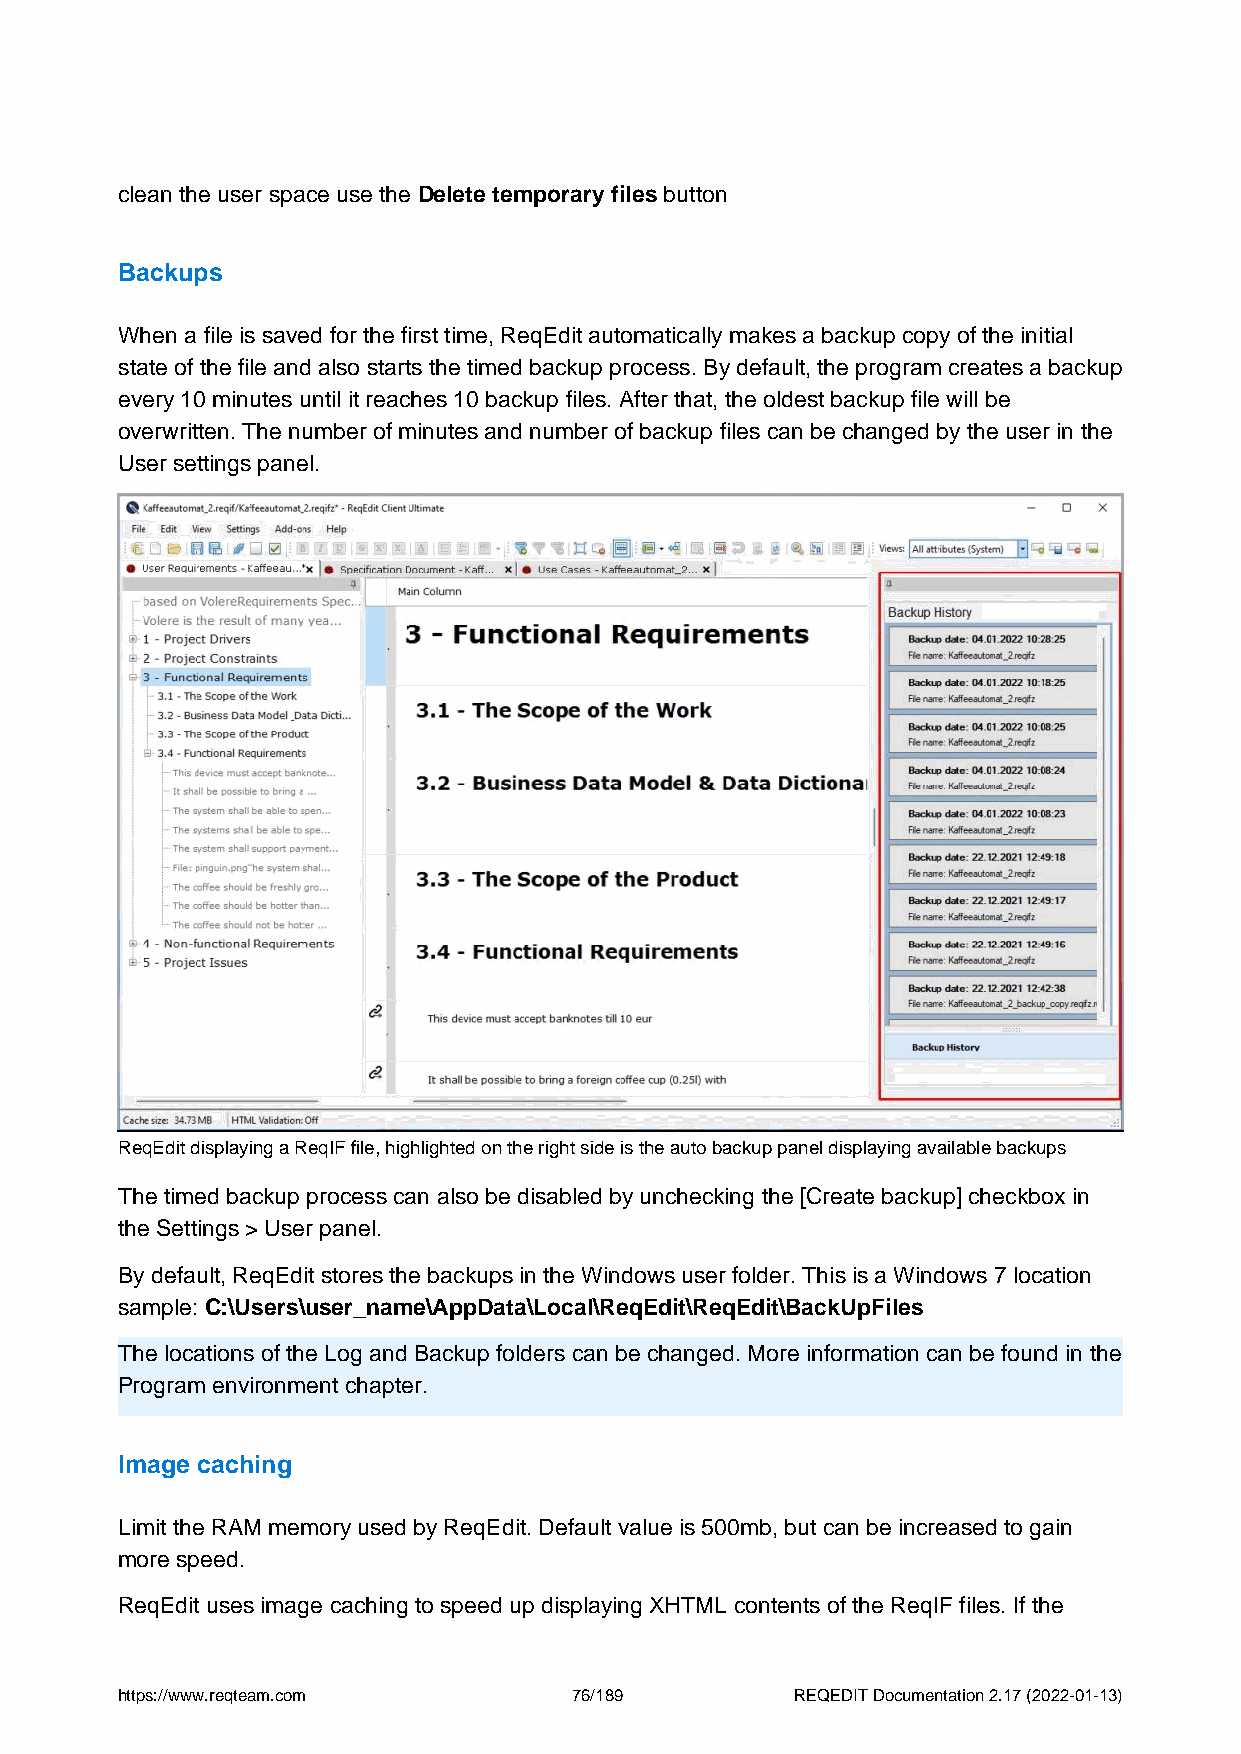
clean the user space use the Delete temporary files button
 Backups
 When a file is saved for the first time, ReqEdit automatically makes a backup copy of the initial
 state of the file and also starts the timed backup process. By default, the program creates a backup
 every 10 minutes until it reaches 10 backup files. After that, the oldest backup file will be
 overwritten. The number of minutes and number of backup files can be changed by the user in the
 User settings panel.
 ReqEdit displaying a ReqIF file, highlighted on the right side is the auto backup panel displaying available backups
 The timed backup process can also be disabled by unchecking the [Create backup] checkbox in
 the Settings > User panel.
 By default, ReqEdit stores the backups in the Windows user folder. This is a Windows 7 location
 sample: C:\Users\user_name\AppData\Local\ReqEdit\ReqEdit\BackUpFiles
 The locations of the Log and Backup folders can be changed. More information can be found in the
 Program environment chapter.
 Image caching
 Limit the RAM memory used by ReqEdit. Default value is 500mb, but can be increased to gain
 more speed.
 ReqEdit uses image caching to speed up displaying XHTML contents of the ReqIF files. If the
 https://www.reqteam.com       76/189         REQEDIT Documentation 2.17 (2022-01-13)